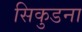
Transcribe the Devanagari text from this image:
सिकुडना